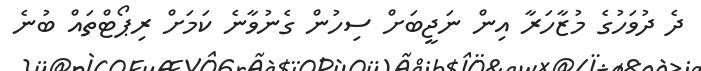
ދެ ދުވަހުގެ މުޒާހަރާ އިން ނަޖީބަށް ސިހުން ގެނުވާނެ ކަމަށް ރިޕޯޓްތައް ބުނެ